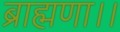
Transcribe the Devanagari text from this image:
ब्राह्मणा।।